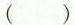
()